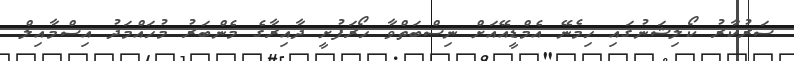
ސަރުކާރު ކޯލިޝަނުގައި ހިމެނޭ އެމްޑީއޭއަށް ނިސްބަތްވާ ހޯރަފުށީ ދާއިރާގެ މެންބަރު މުހައްމަދު އިސްމާއިލް